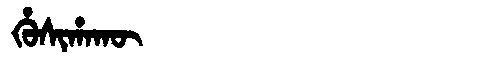
Manchu: ᡥᡠᠰᡳᡥᠠᡴᡡ
Romanization: HUSIHAKŪ